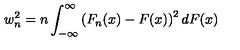
w _ { n } ^ { 2 } = n \int _ { - \infty } ^ { \infty } \left( F _ { n } ( x ) - F ( x ) \right) ^ { 2 } d F ( x )